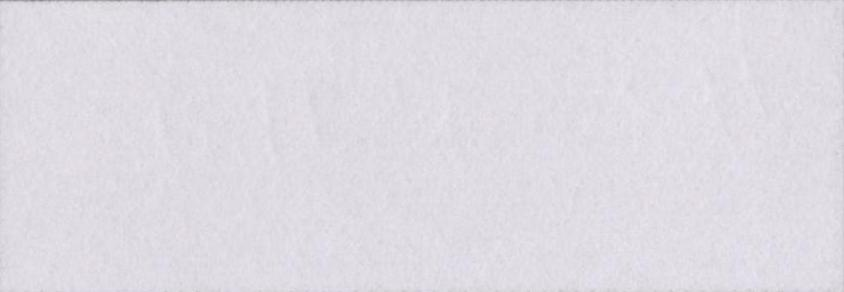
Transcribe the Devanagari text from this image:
छू-मंतर